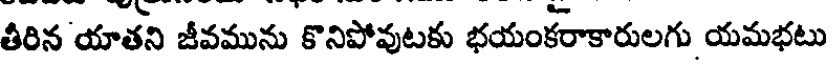
తీరిన యాతని జీవమును కొనిపోవుటకు భయంకరాకారులగు యమభటు